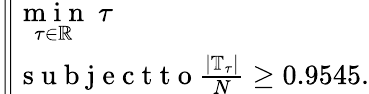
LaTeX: \left\| \begin{array}{l}{\underset{\tau\in\mathbb{R}}{\mathrm{~m~i~n~}}~\tau}\\ {\mathrm{~s~u~b~j~e~c~t~t~o~}\frac{|\mathbb T_{\tau}|}{N}\geq 0.9545.}\end{array}\right.